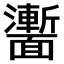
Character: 𩉍